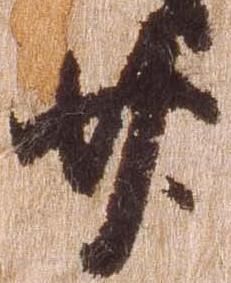
廿